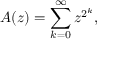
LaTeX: A ( z ) = \sum _ { k = 0 } ^ { \infty } z ^ { 2 ^ { k } } ,